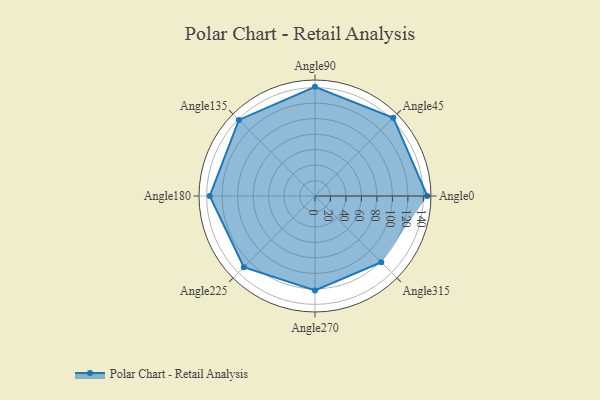
{"axis": {"x": "Angle", "y": "Radius"}, "legend": [""], "data": [{"x": "Angle0", "y": 145.0, "type": ""}, {"x": "Angle45", "y": 143.0, "type": ""}, {"x": "Angle90", "y": 141.0, "type": ""}, {"x": "Angle135", "y": 139.0, "type": ""}, {"x": "Angle180", "y": 136.0, "type": ""}, {"x": "Angle225", "y": 130.0, "type": ""}, {"x": "Angle270", "y": 122.0, "type": ""}, {"x": "Angle315", "y": 121.0, "type": ""}]}